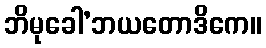
ဘိမုခေါ’ဘယတောဒိကေ။